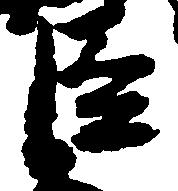
臣